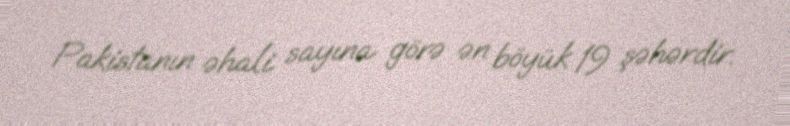
Pakistanın əhali sayına görə ən böyük 19 şəhərdir.